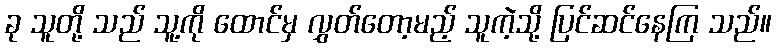
ခု သူတို့ သည် သူ့ကို ထောင်မှ လွှတ်တော့မည့် သူကဲ့သို့ ပြင်ဆင်နေကြ သည်။